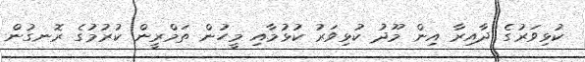
ކުޅިވަރުގެ ދާއިރާ އިން މޫދު ކުޅިވަރު ކުޅުމާއި މީހުން ތަމްރީން ކުރުމުގެ ރޮނގުން